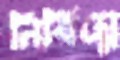
নির্বিঘ্নে